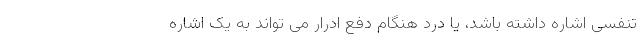
تنفسی اشاره داشته باشد، یا درد هنگام دفع ادرار می تواند به یک اشاره